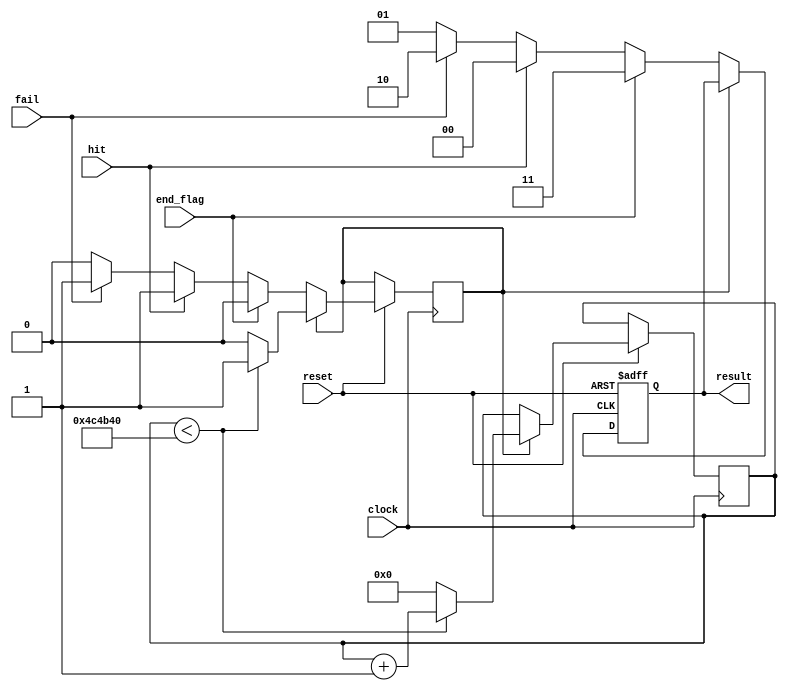
module state_vga(clock, reset, hit, end_flag, fail, result);
input clock, reset, hit, end_flag, fail;
output [1:0] result;
reg [1:0] result;
reg [31:0] debounce;
reg cool_down;
parameter running_S = 1, hit_S = 0, fail_S = 2, ending_S = 3;

always @(posedge clock or negedge reset) begin
	if(!reset) begin
		result <= ending_S;
	end
	else begin
		if(cool_down == 1) begin
			if(debounce < 32'd5000000) begin
				debounce <= debounce + 1'b1;
				cool_down <= 1;
			end
			else begin
				debounce <= 32'd0;
				cool_down <= 0;
			end
		end
		else begin
			if(end_flag == 1) begin
				result <= ending_S;
			end
			else if(hit == 1) begin
				result <= hit_S;
				cool_down <= 1;
			end
			else if(fail == 1) begin
				result <= fail_S;
				cool_down <= 1;
			end
			else begin
				result <= running_S;
			end
		end
	end
end
endmodule